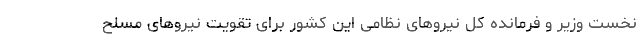
نخست وزیر و فرمانده کل نیروهای نظامی این کشور برای تقویت نیروهای مسلح